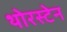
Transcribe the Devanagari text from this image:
थोरस्टेन